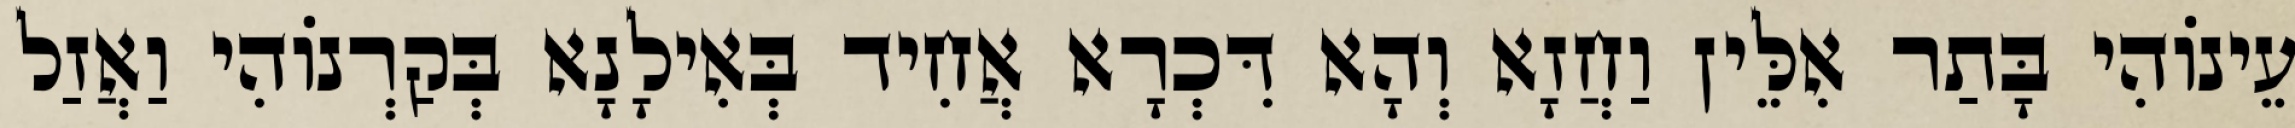
עֵינוֹהִי בָּתַר אִלֵּין וַחֲזָא וְהָא דִּכְרָא אֲחִיד בְּאִילָנָא בְּקַרְנוֹהִי וַאֲזַל